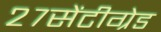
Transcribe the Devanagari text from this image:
२७सेंटीग्रेड